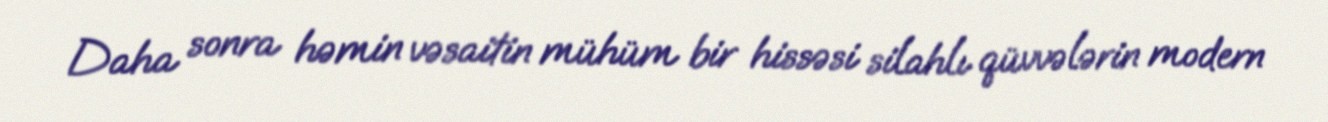
Daha sonra həmin vəsaitin mühüm bir hissəsi silahlı qüvvələrin modern